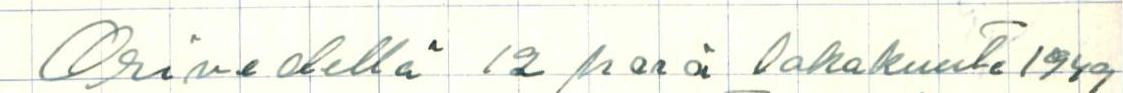
Orivedellä 12 pnä lokakuuta 1949